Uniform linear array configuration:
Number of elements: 12
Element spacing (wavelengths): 0.5
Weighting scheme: cosine
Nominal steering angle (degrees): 30
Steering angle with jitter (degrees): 28.891
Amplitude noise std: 0.05
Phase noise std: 0.05

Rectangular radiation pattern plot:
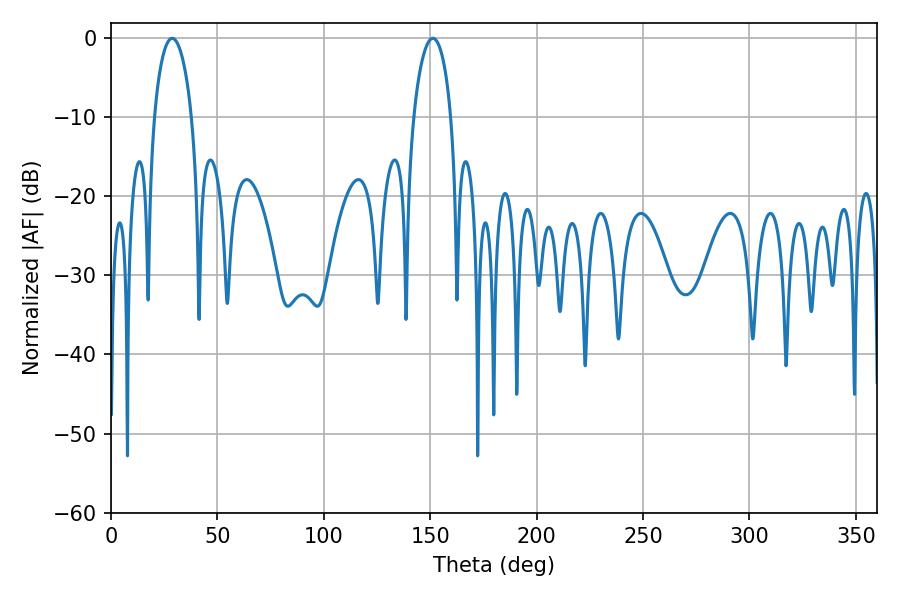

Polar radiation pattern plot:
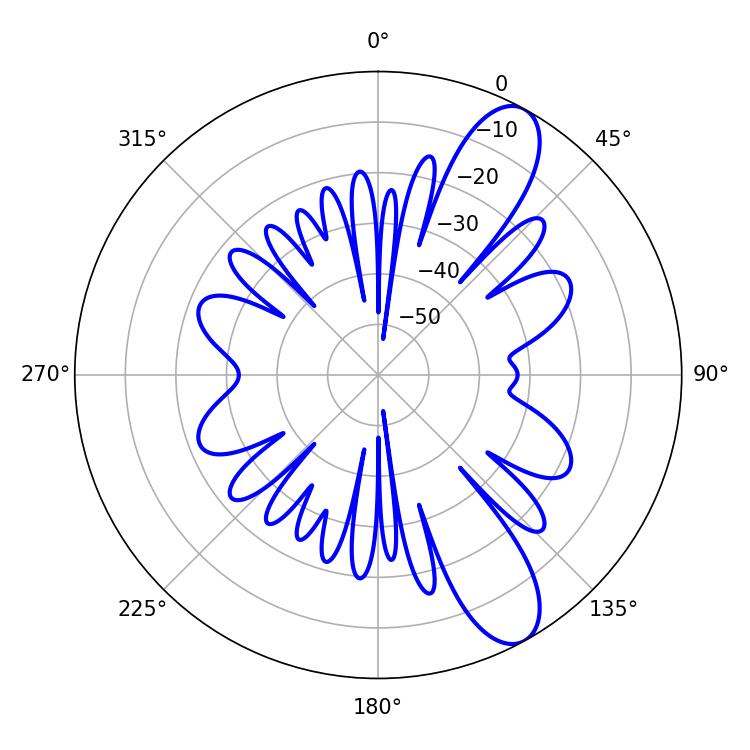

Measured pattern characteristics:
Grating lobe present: FALSE
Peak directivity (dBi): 10.368
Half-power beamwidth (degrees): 10.08
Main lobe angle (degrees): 28.8